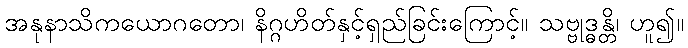
အနုနာသိကယောဂတော၊ နိဂ္ဂဟိတ်နှင့်ရှည်ခြင်းကြောင့်။ သဗ္ဗုဒ္ဓန္တိ၊ ဟူ၍။